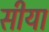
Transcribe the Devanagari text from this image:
सीया